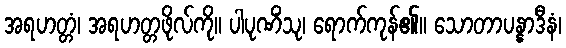
အရဟတ္တံ၊ အရဟတ္တဖိုလ်ကို။ ပါပုဏိံသု၊ ရောက်ကုန်၏။ သောတာပန္နာဒီနံ၊